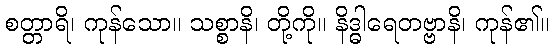
စတ္တာရိ၊ ကုန်သော။ သစ္စာနိ၊ တို့ကို။ နိဒ္ဓါရေတဗ္ဗာနိ၊ ကုန်၏။